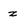
Character: z